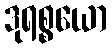
ဒုရစ္စယော